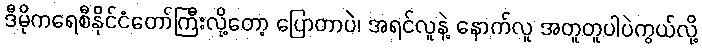
ဒီမိုကရေစီနိုင်ငံတော်ကြီးလို့တော့ ပြောတာပဲ၊ အရင်လူနဲ့ နောက်လူ အတူတူပါပဲကွယ်လို့